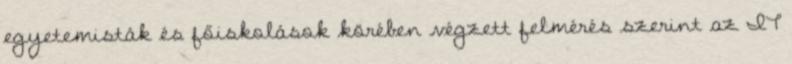
egyetemisták és főiskolások körében végzett felmérés szerint az IT